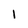
Character: 1